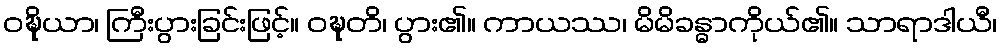
ဝဍ္ဎိယာ၊ ကြီးပွားခြင်းဖြင့်။ ဝဍ္ဎတိ၊ ပွား၏။ ကာယဿ၊ မိမိခန္ဓာကိုယ်၏။ သာရာဒါယီ၊